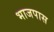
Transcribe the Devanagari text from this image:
भाजपास